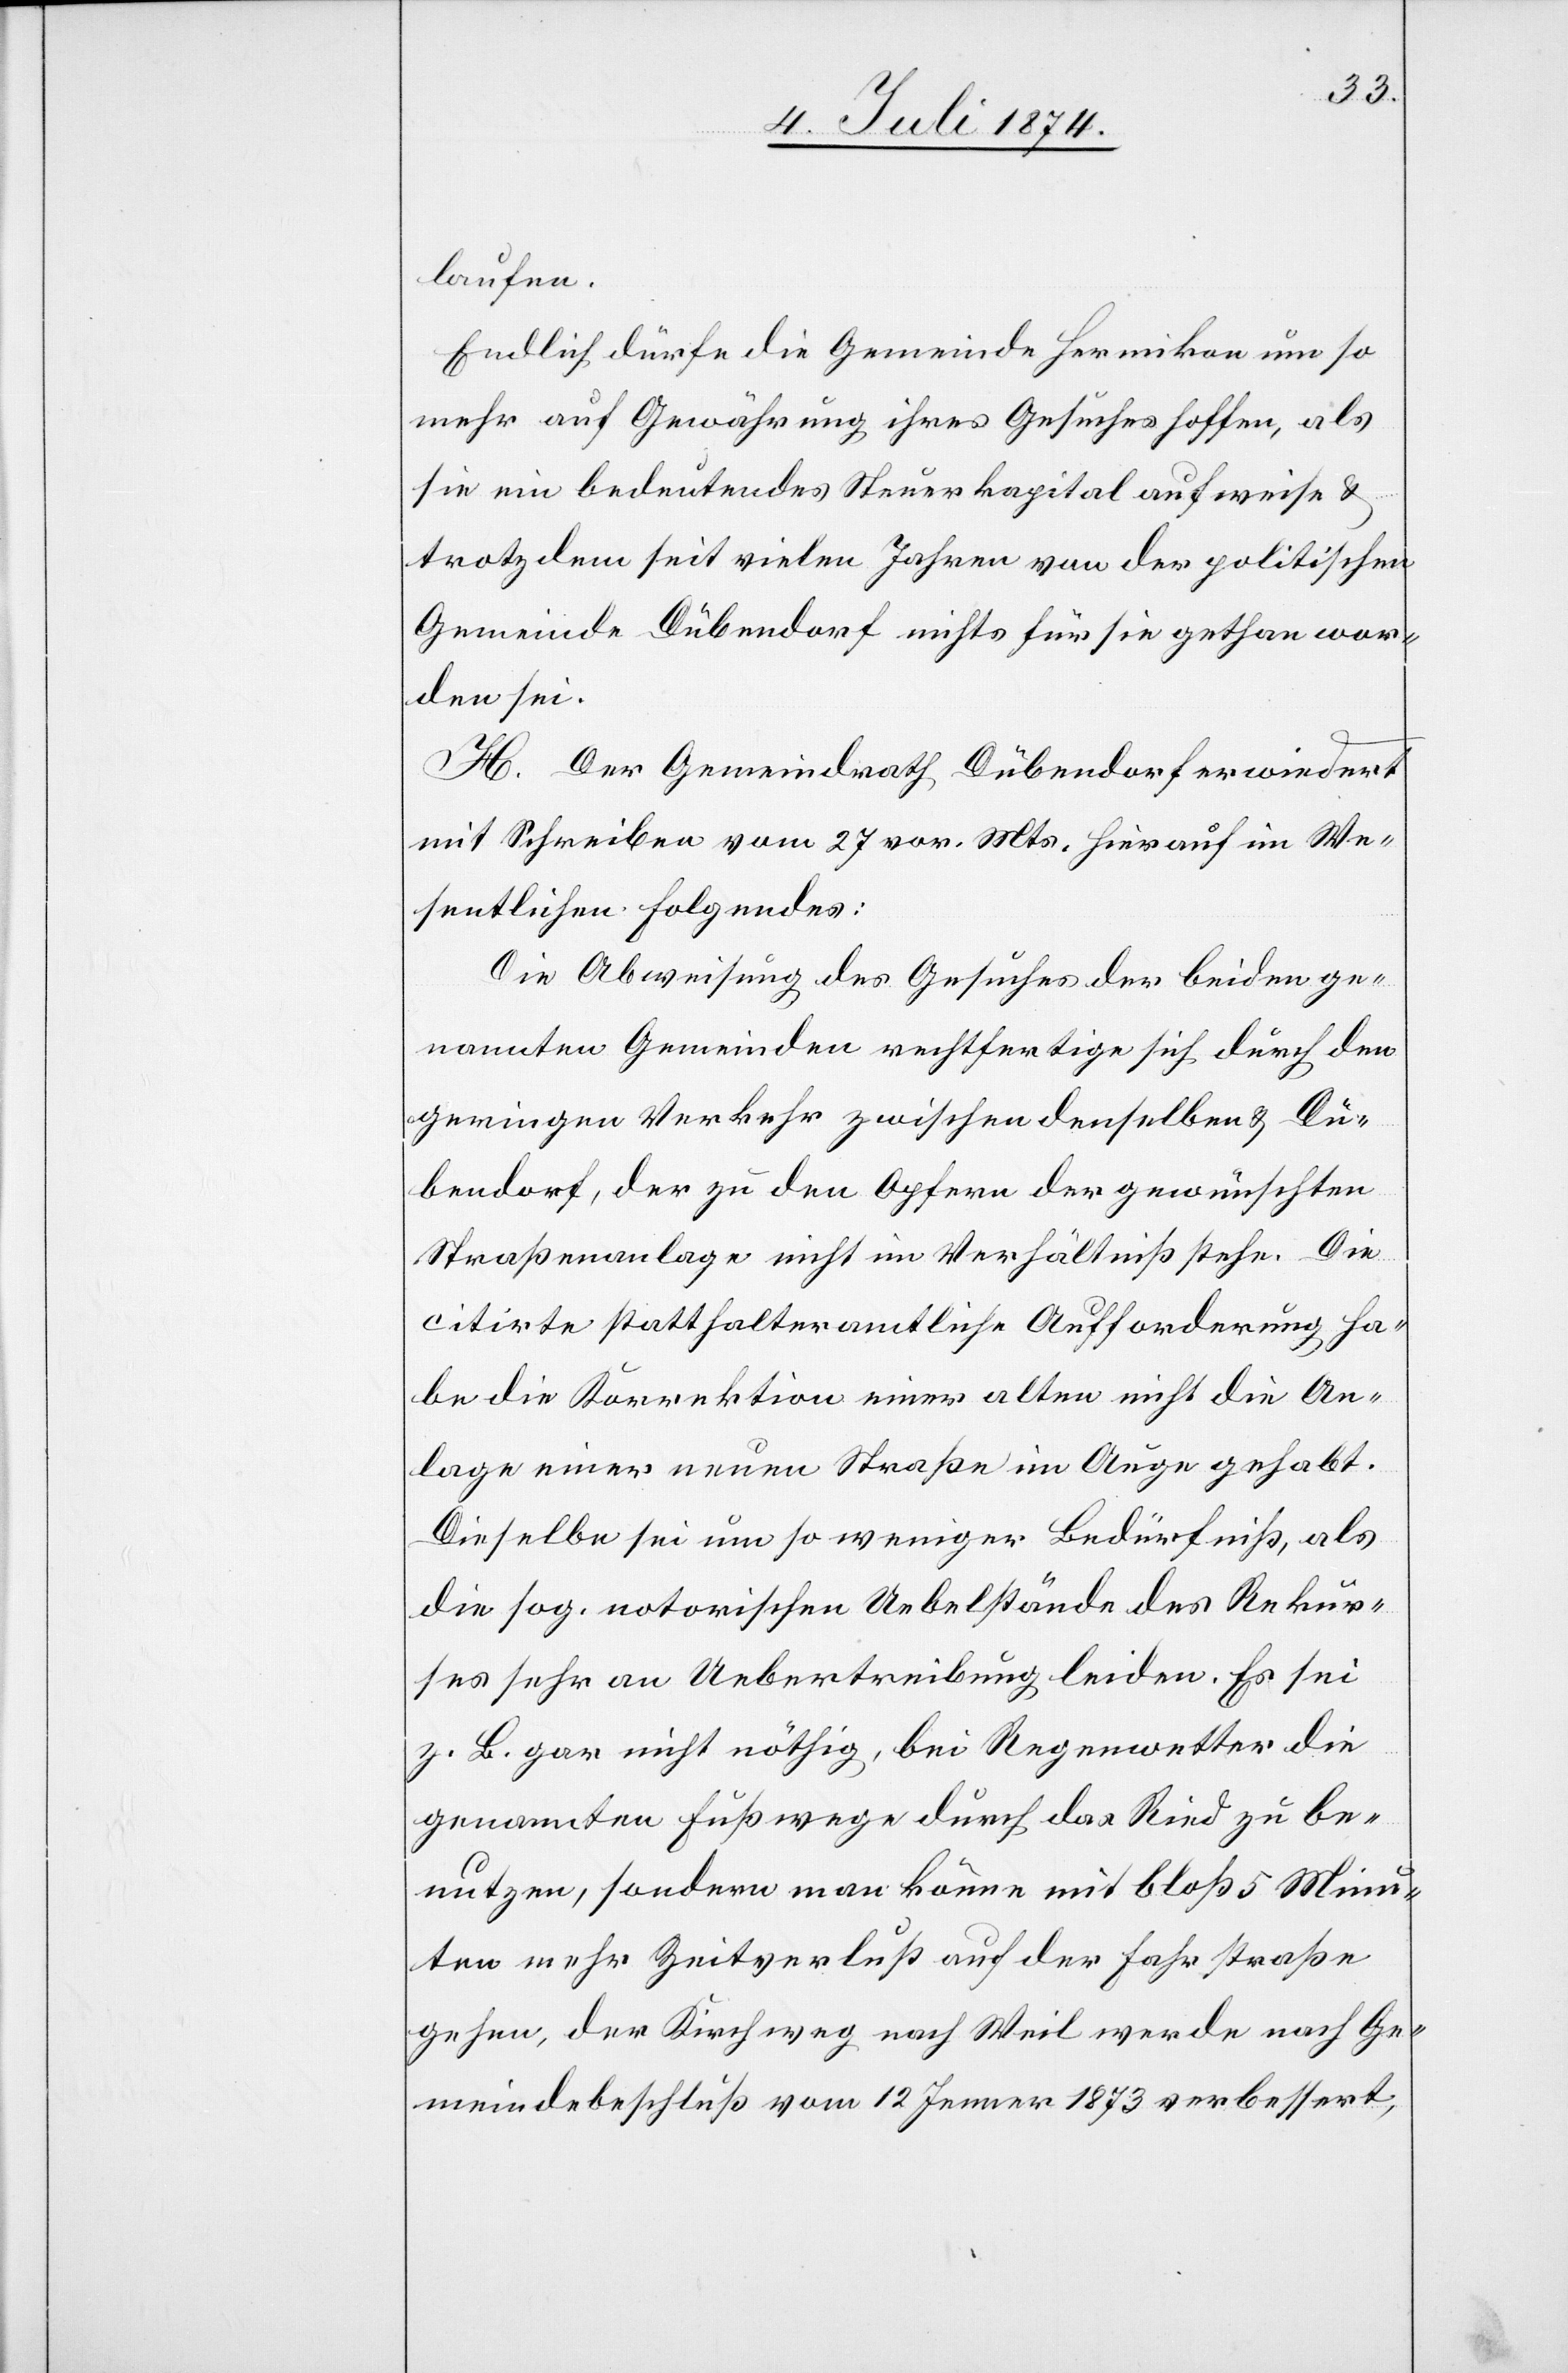
laufen.
Endlich dürfe die Gemeinde Hermikon um so
mehr auf Gewährung ihres Gesuches hoffen, als
sie ein bedeutendes Steuerkapital aufweise u.
trotzdem seit vielen Jahren von der politischen
Gemeinde Dübendorf nichts für sie gethan wor¬
den sei.
H. Der Gemeindrath Dübendorf erwiedert
mit Schreiben vom 27. vor. Mts. hierauf im We¬
sentlichen Folgendes:
Die Abweisung des Gesuches der beiden ge¬
nannten Gemeinden rechtfertige sich durch den
geringen Verkehr zwischen denselben u. Dü¬
bendorf, der zu den Opfern der gewünschten
Straßenanlage nicht im Verhältniß stehe. Die
citirte statthalteramtliche Aufforderung ha¬
be die Korrektion einer alten[,] nicht die An¬
lage einer neuen Straße im Auge gehabt.
Dieselbe sei um so weniger Bedürfniß, als
die sog. notorischen Uebelstände des Rekur¬
ses sehr an Uebertreibung leiden. Es sei
z. B. gar nicht nöthig, bei Regenwetter die
genannten Fußwege durch das Ried zu be¬
nutzen, sondern man könne mit bloß 5 Minu¬
ten mehr Zeitverlust auf der Fahrstraße
gehen, der Kirchweg nach Weil werde nach Ge¬
meindebeschluß vom 12. Jenner 1873 verbessert,